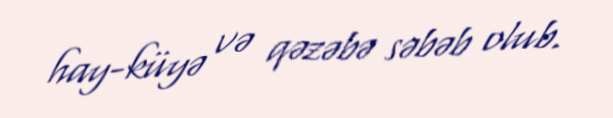
hay-küyə və qəzəbə səbəb olub.